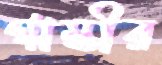
গাম্ভীর